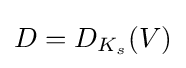
D=D_{K_{s}}(V)